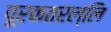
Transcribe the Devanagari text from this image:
पूरकतरल्लि